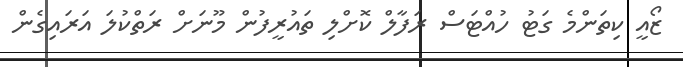
ޒޯއީ ކިތަންމެ ގަޓު ހުއްޓަސް ރަފާލް ކޮށްލި ތައުރީފުން މޫނަށް ރަތްކުލަ އަރައިގެން